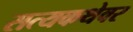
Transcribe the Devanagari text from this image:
सत्यकथेवर